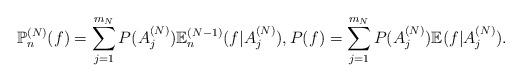
LaTeX: \begin{align*}\mathbb{P}_{n}^{(N)}(f)=\sum_{j=1}^{m_{N}}P(A_{j}^{(N)})\mathbb{E}_{n}^{(N-1)}(f|A_{j}^{(N)}),P(f)=\sum_{j=1}^{m_{N}}P(A_{j}^{(N)})\mathbb{E}(f|A_{j}^{(N)}).\end{align*}